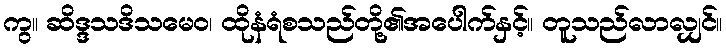
ကွ။ ဆိဒ္ဒသဒိသမေဝ၊ ထိုနံရံစသည်တို့၏အပေါက်နှင့်။ တူသည်လာလျှင်။